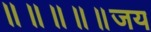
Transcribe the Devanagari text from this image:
॥॥॥॥॥जय